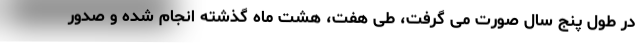
در طول پنج سال صورت می گرفت، طی هفت، هشت ماه گذشته انجام شده و صدور